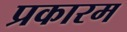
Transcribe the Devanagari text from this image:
प्रकारम